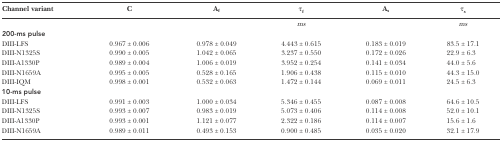
<table><thead><tr><td><b>Channel variant</b></td><td><b>C</b></td><td><b>A<sub>f</sub></b></td><td><b>τ<sub>f</sub></b></td><td><b>A<sub>s</sub></b></td><td><b>τ<sub>s</sub></b></td></tr></thead><tbody><tr><td></td><td></td><td></td><td><i>ms</i></td><td></td><td><i>ms</i></td></tr><tr><td><b>200-ms pulse</b></td><td></td><td></td><td></td><td></td><td></td></tr><tr><td>DIII-LFS</td><td>0.967 ± 0.006</td><td>0.978 ± 0.049</td><td>4.443 ± 0.615</td><td>0.183 ± 0.019</td><td>83.5 ± 17.1</td></tr><tr><td>DIII-N1325S</td><td>0.990 ± 0.005</td><td>1.042 ± 0.065</td><td>3.237 ± 0.550</td><td>0.172 ± 0.026</td><td>22.9 ± 6.3</td></tr><tr><td>DIII-A1330P</td><td>0.989 ± 0.004</td><td>1.006 ± 0.019</td><td>3.952 ± 0.254</td><td>0.141 ± 0.034</td><td>44.0 ± 5.6</td></tr><tr><td>DIII-N1659A</td><td>0.995 ± 0.005</td><td>0.528 ± 0.165</td><td>1.906 ± 0.438</td><td>0.115 ± 0.010</td><td>44.3 ± 15.0</td></tr><tr><td>DIII-IQM</td><td>0.998 ± 0.001</td><td>0.532 ± 0.063</td><td>1.472 ± 0.144</td><td>0.069 ± 0.011</td><td>24.5 ± 6.3</td></tr><tr><td><b>10-ms pulse</b></td><td></td><td></td><td></td><td></td><td></td></tr><tr><td>DIII-LFS</td><td>0.991 ± 0.003</td><td>1.000 ± 0.034</td><td>5.346 ± 0.455</td><td>0.087 ± 0.008</td><td>64.6 ± 10.5</td></tr><tr><td>DIII-N1325S</td><td>0.993 ± 0.007</td><td>0.983 ± 0.019</td><td>5.073 ± 0.406</td><td>0.114 ± 0.008</td><td>52.0 ± 10.1</td></tr><tr><td>DIII-A1330P</td><td>0.993 ± 0.001</td><td>1.121 ± 0.077</td><td>2.322 ± 0.186</td><td>0.114 ± 0.007</td><td>15.6 ± 1.6</td></tr><tr><td>DIII-N1659A</td><td>0.989 ± 0.011</td><td>0.493 ± 0.153</td><td>0.900 ± 0.485</td><td>0.035 ± 0.020</td><td>32.1 ± 17.9</td></tr></tbody></table>